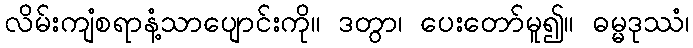
လိမ်းကျံစရာနံ့သာပျောင်းကို။ ဒတွာ၊ ပေးတော်မူ၍။ ဓမ္မဒုဿံ၊